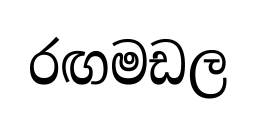
රඟමඩල